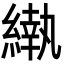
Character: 𬗵